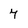
Character: 7